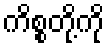
ကိစ္စတို့ကို